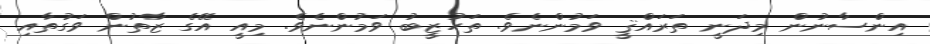
އިންސާނުން މިދަނީ ތަރައްޤީ ވަމުންނެވެ. ތަހުޒީބު ވަމުންނެވެ. މިއީ އޭގެ ޒާތުން ވަގުތާއި